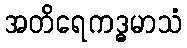
အတိရေကဒ္ဓမာသံ